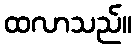
ထလာသည်။